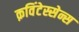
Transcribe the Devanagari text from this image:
क़विंटेस्सेन्स